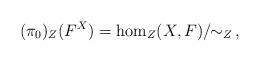
LaTeX: \begin{align*}(\pi_0)_Z(F^X) = \hom_{Z}(X,F)/\!\!\sim_Z\,,\end{align*}